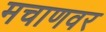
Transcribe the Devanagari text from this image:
मचाणवर